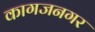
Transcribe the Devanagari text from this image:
कागजनगर